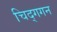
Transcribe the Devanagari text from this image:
चिद्‌गगन